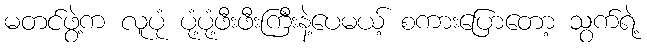
မတင်ဖွဲ့က လူပုံ ပုံ့ပုံ့ဖီးဖီးကြီးနဲ့ပေမယ့် စကားပြောတော့ သွက်ရဲ့